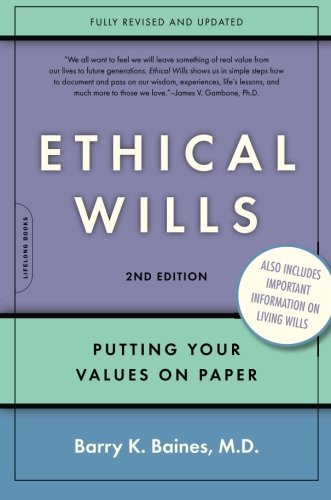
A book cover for Ethical Wills: Putting Your Values on Paper, 2nd Edition; Barry K. Baines; Law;